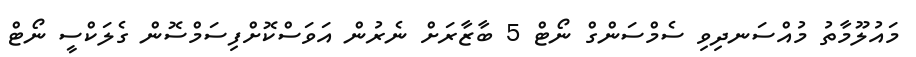
މައުލޫމާތު މުއްސަނދިވި ސެމްސަންގް ނޯޓް 5 ބާޒާރަށް ނެރުން އަވަސްކޮށްފިސަމްސޮން ގެލަކްސީ ނޯޓް